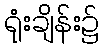
ရုံးချိန်း၌